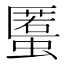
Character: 𧏾